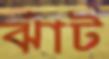
ঝাঁট